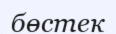
бөстек